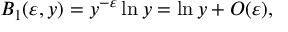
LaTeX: B _ { 1 } ( \varepsilon , y ) = y ^ { - \varepsilon } \ln y = \ln y + O ( \varepsilon ) \nonumber ,